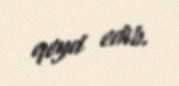
qeyd edib.